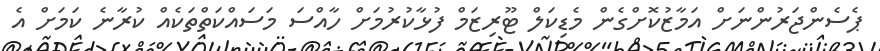
ޕެސެންޖަރުންނަށް އަމާޒުކޮށްގެން މެޑިކަލް ޓޫރިޒަމް ފުޅާކުރުމަށް ހާއްސަ މަސައްކަތްތަކެއް ކުރާނެ ކަމަށް އެ